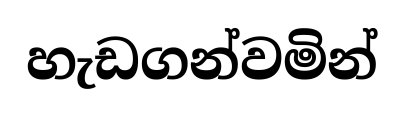
හැඩගන්වමින්